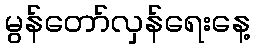
မွန်တော်လှန်ရေးနေ့